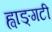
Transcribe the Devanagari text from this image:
ह्वाङ्‌गटी